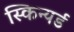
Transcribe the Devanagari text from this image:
स्किन्यर्ड